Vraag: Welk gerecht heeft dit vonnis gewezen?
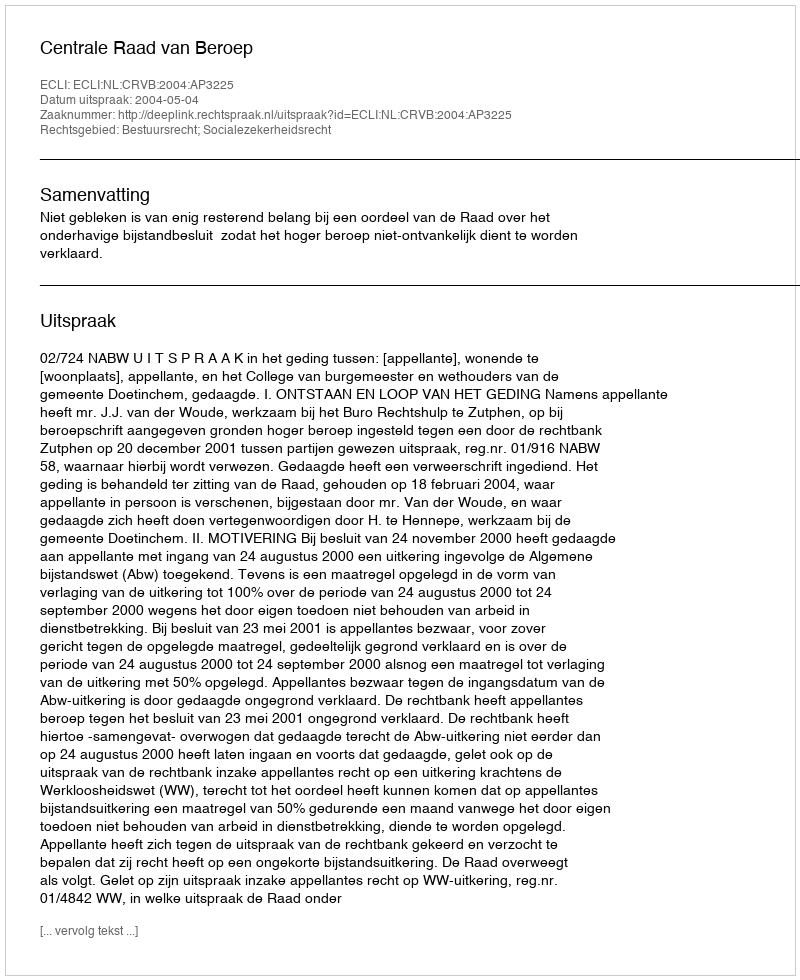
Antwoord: Centrale Raad van Beroep